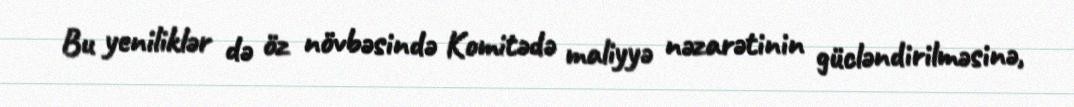
Bu yeniliklər də öz növbəsində Komitədə maliyyə nəzarətinin gücləndirilməsinə,